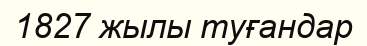
1827 жылы туғандар